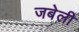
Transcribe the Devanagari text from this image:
जबेली